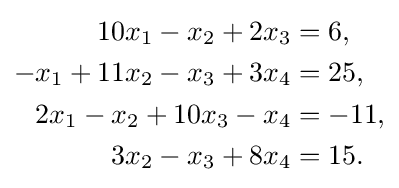
{\begin{aligned}10x_{1}-x_{2}+2x_{3}&=6,\\-x_{1}+11x_{2}-x_{3}+3x_{4}&=25,\\2x_{1}-x_{2}+10x_{3}-x_{4}&=-11,\\3x_{2}-x_{3}+8x_{4}&=15.\end{aligned}}